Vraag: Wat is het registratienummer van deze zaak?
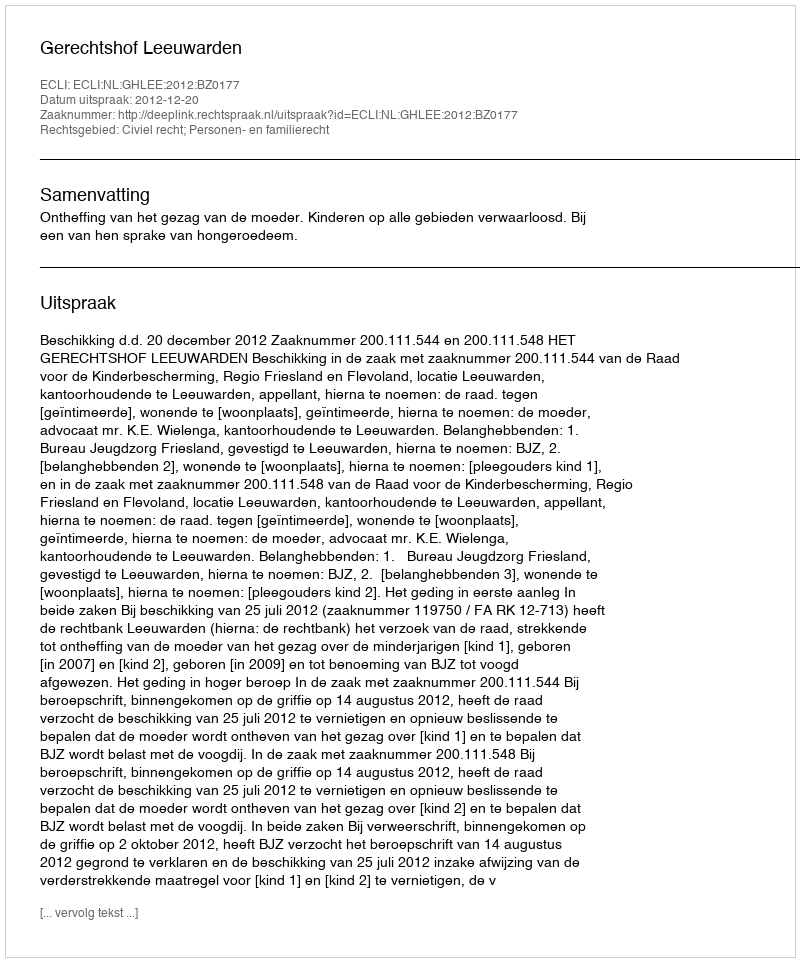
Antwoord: http://deeplink.rechtspraak.nl/uitspraak?id=ECLI:NL:GHLEE:2012:BZ0177